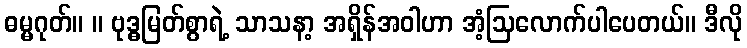
ဓမ္မဂုတ်။ ။ ဗုဒ္ဓမြတ်စွာရဲ့ သာသနာ့ အရှိန်အဝါဟာ အံ့ဩလောက်ပါပေတယ်။ ဒီလို